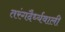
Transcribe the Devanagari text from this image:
तरंगदैर्ध्यवाली